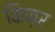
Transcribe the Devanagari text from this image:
किफ़र